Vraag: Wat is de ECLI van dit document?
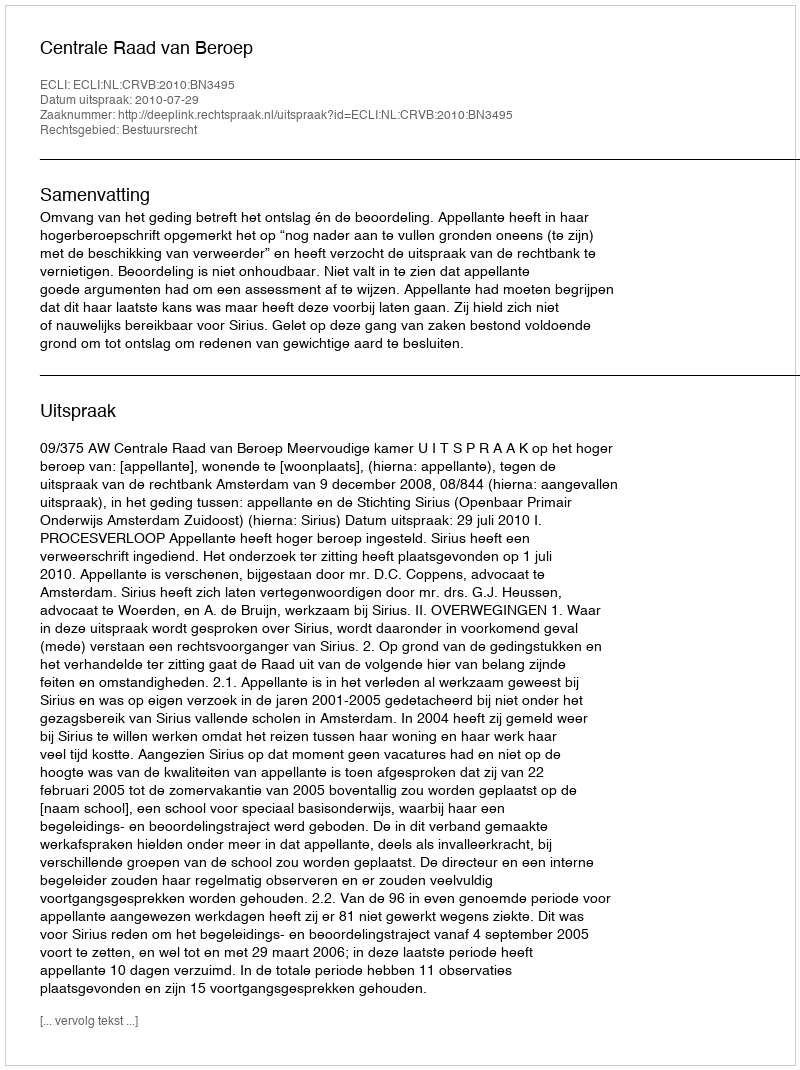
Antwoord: ECLI:NL:CRVB:2010:BN3495